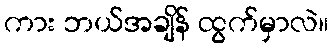
ကား ဘယ်အချိန် ထွက်မှာလဲ။